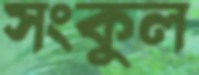
সংকুল